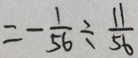
= - \frac { 1 } { 5 6 } \div \frac { 1 1 } { 5 6 }